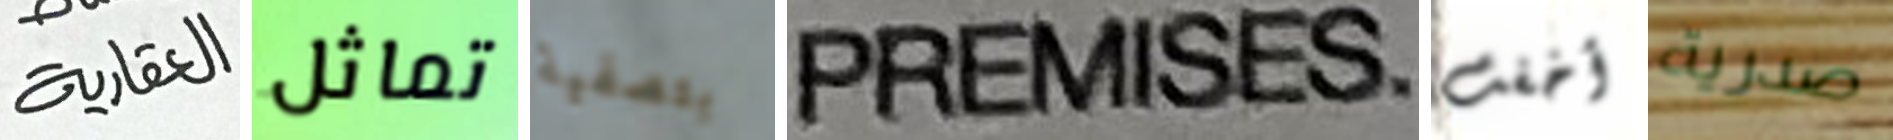
العقارية تماثل بتصفية PREMISES أخفت صدرية